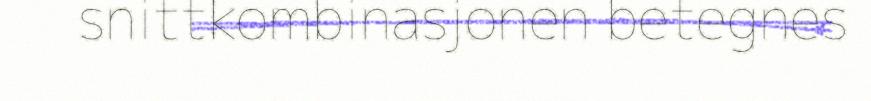
snittkombinasjonen betegnes